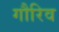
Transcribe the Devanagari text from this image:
गौरिव